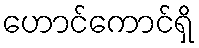
ဟောင်ကောင်ရှိ